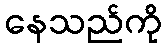
နေသည်ကို